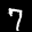
Label: 7